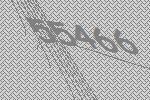
55466